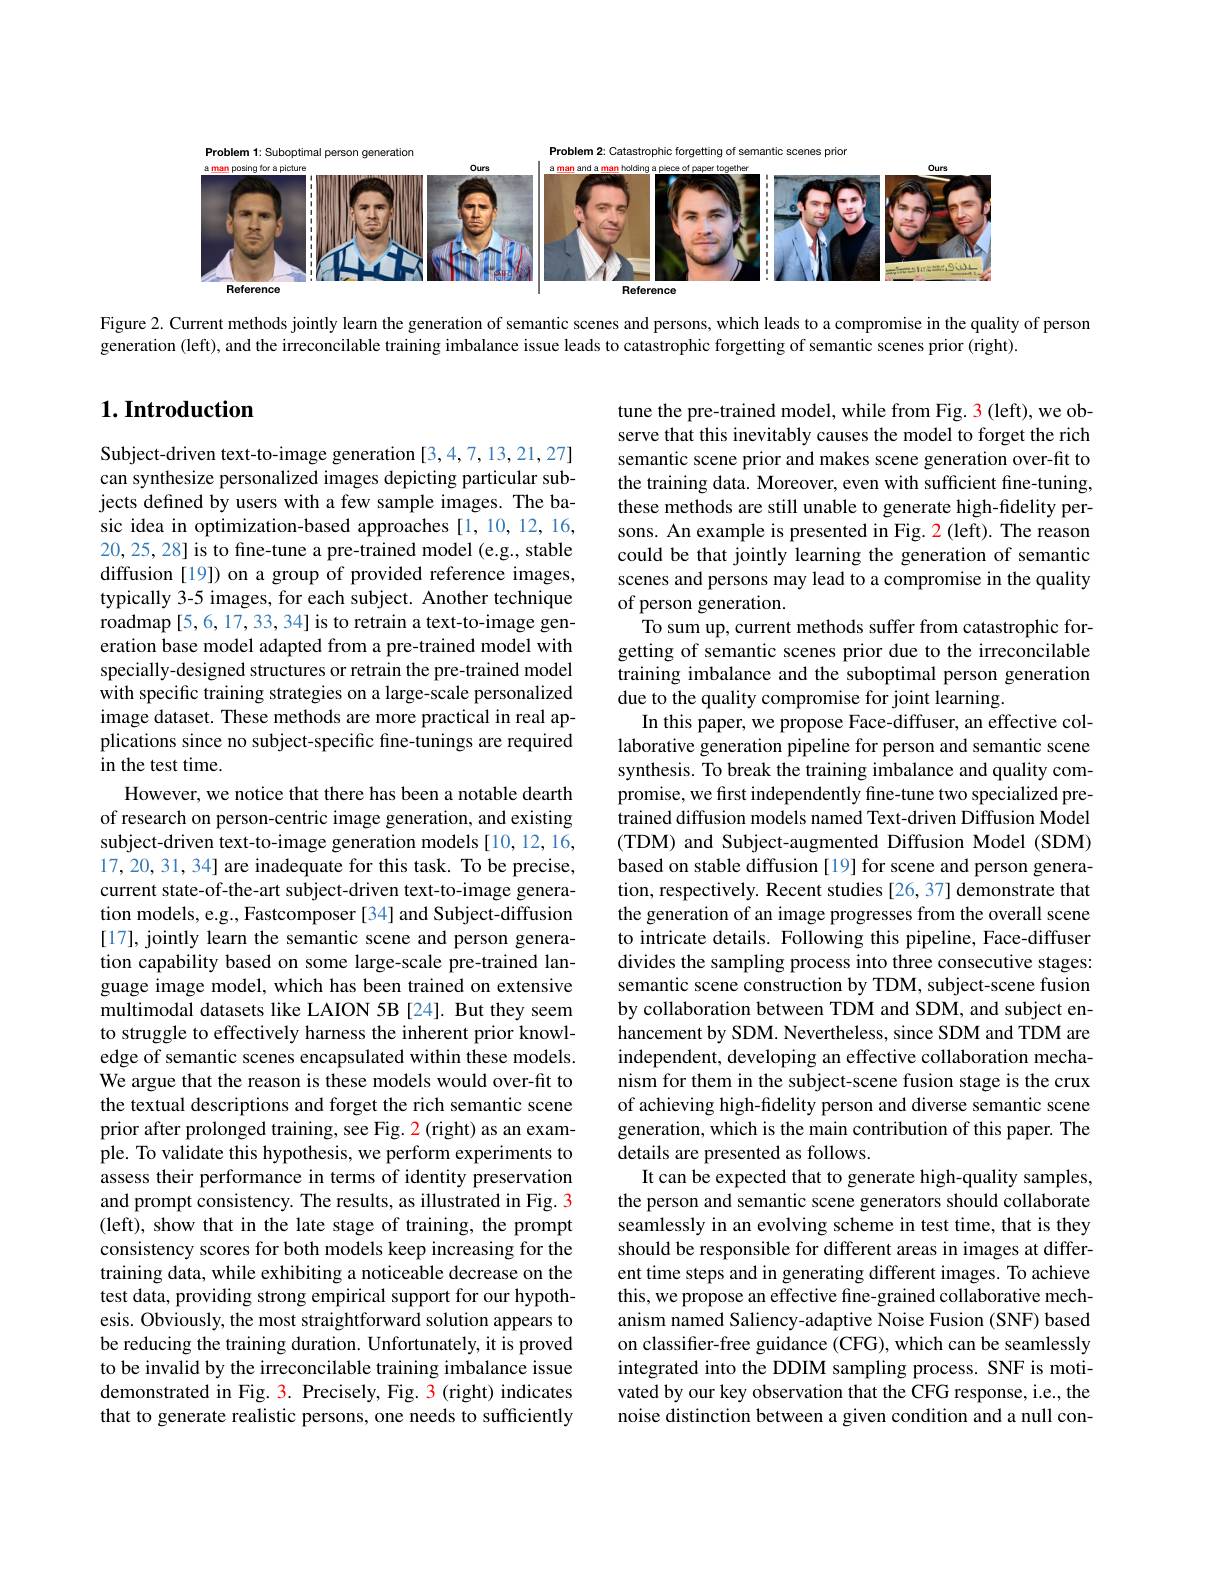
<FigureHere>

Figure 2. Current methods jointly learn the generation of semantic scenes and persons, which leads to a compromise in the quality of person

generation (left), and the irreconcilable training imbalance issue leads to catastrophic forgetting of semantic scenes prior (right).

## $1. \textbf{Introduction}$

tune the pre-trained model, while from Fig. 3 (left), we observe that this inevitably causes the model to forget the rich semantic scene prior and makes scene generation over-fit to the training data. Moreover, even with sufficient fine-tuning, these methods are still unable to generate high-fidelity persons. An example is presented in Fig. 2(left). The reason could be that jointly learning the generation of semantic scenes and persons may lead to a compromise in the quality of person generation.
To sum up, current methods suffer from catastrophic forgetting of semantic scenes prior due to the irreconcilable training imbalance and the suboptimal person generation due to the quality compromise for joint learning.
In this paper, we propose Face-diffuser, an effective collaborative generation pipeline for person and semantic scene synthesis. To break the training imbalance and quality compromise, we first independently fine-tune two specialized pretrained diffusion models named Text-driven Diffusion Model (TDM) and Subject-augmented Diffusion Model (SDM) based on stable diffusion [19] for scene and person generation, respectively. Recent studies [26,37] demonstrate that the generation of an image progresses from the overall scene to intricate details. Following this pipeline, Face-diffuser divides the sampling process into three consecutive stages: semantic scene construction by TDM, subject-scene fusion by collaboration between TDM and SDM, and subject enhancement by SDM. Nevertheless, since SDM and TDM are independent, developing an effective collaboration mechanism for them in the subject-scene fusion stage is the crux of achieving high-fidelity person and diverse semantic scene generation, which is the main contribution of this paper. The details are presented as follows.
It can be expected that to generate high-quality samples, the person and semantic scene generators should collaborate seamlessly in an evolving scheme in test time, that is they should be responsible for different areas in images at different time steps and in generating different images. To achieve this, we propose an effective fine-grained collaborative mechanism named Saliency-adaptive Noise Fusion (SNF) based on classifier-free guidance (CFG), which can be seamlessly integrated into the DDIM sampling process. SNF is motivated by our key observation that the CFG response, i.e., the noise distinction between a given condition and a null con-

Subject-driven text-to-image generation [3,4,7,13,21,27] can synthesize personalized images depicting particular subjects defined by users with a few sample images. The basic idea in optimization-based approaches[1,10,12,16, 20, 25, 28] is to fine-tune a pre-trained model (e.g., stable diffusion [19]) on a group of provided reference images, typically 3-5 images, for each subject. Another technique roadmap [5,6,17,33,34] is to retrain a text-to-image generation base model adapted from a pre-trained model with specially-designed structures or retrain the pre-trained model with specific training strategies on a large-scale personalized image dataset. These methods are more practical in real applications since no subject-specific fine-tunings are required in the test time.
However, we notice that there has been a notable dearth of research on person-centric image generation, and existing subject-driven text-to-image generation models [10,12,16, 17,20,31,34] are inadequate for this task. To be precise, current state-of-the-art subject-driven text-to-image generation models, e.g., Fastcomposer [34] and Subject-diffusion [17], jointly learn the semantic scene and person generation capability based on some large-scale pre-trained language image model, which has been trained on extensive multimodal datasets like LAION 5B[24]. But they seem to struggle to effectively harness the inherent prior knowledge of semantic scenes encapsulated within these models. We argue that the reason is these models would over-fit to the textual descriptions and forget the rich semantic scene prior after prolonged training, see Fig. 2 (right) as an example. To validate this hypothesis, we perform experiments to assess their performance in terms of identity preservation and prompt consistency. The results, as illustrated in Fig. 3 (left), show that in the late stage of training, the prompt consistency scores for both models keep increasing for the training data, while exhibiting a noticeable decrease on the test data, providing strong empirical support for our hypothesis. Obviously, the most straightforward solution appears to be reducing the training duration. Unfortunately, it is proved to be invalid by the irreconcilable training imbalance issue demonstrated in Fig. 3. Precisely, Fig. 3 (right) indicates that to generate realistic persons, one needs to sufficiently